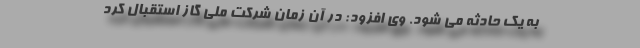
به یک حادثه می شود. وی افزود: در آن زمان شرکت ملی گاز استقبال کرد